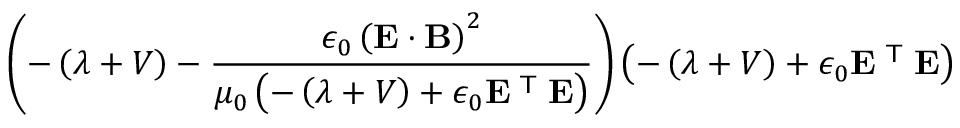
\left( - \left( \lambda + V \right) - { \frac { \epsilon _ { 0 } \left( \mathbf { E } \cdot \mathbf { B } \right) ^ { 2 } } { \mu _ { 0 } \left( - \left( \lambda + V \right) + \epsilon _ { 0 } \mathbf { E } ^ { \textsf { T } } \mathbf { E } \right) } } \right) \left( - \left( \lambda + V \right) + \epsilon _ { 0 } \mathbf { E } ^ { \textsf { T } } \mathbf { E } \right)